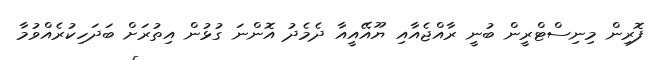
ފޮރިން މިނިސްޓްރީން ބުނީ ރާއްޖެއާއި ޔޫއޭއީއާ ދެމެދު އޮންނަ ގުޅުން އިތުރަށް ބަދަހިކުރެއްވުމާ